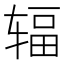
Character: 辐